Report on the Calcutta epizootic or cattle disease of 1864 in Calcutta and its neighbourhood
Year: 1864
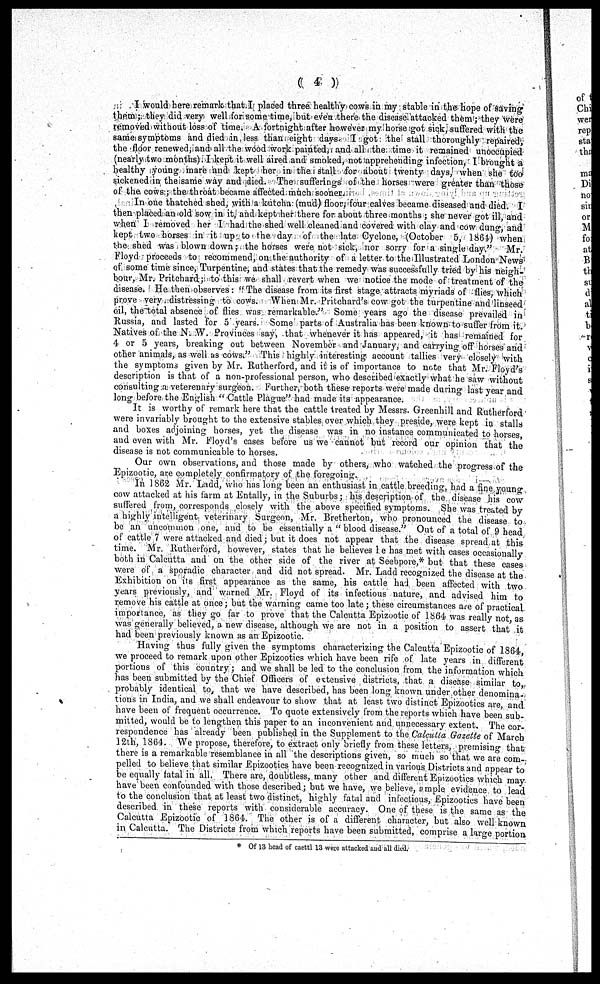
( 4 )
I would here remark that I placed three healthy cows in my stable in the hope of saving
them; they did very well for some time, but even there the disease attacked them; they were
removed without loss of time. A fortnight after however my horse got sick, suffered with the
same symptoms and died in less than eight days. I got the stall thoroughly repaired,
the floor renewed, and all the wood work painted, and all the time it remained unoccupied
(nearly two months). I kept it well aired and smoked, not apprehending infection, I brought a
healthy young mare and kept her in the stall for about twenty days, when she too
sickened in the same way and died. The sufferings of the horses were greater than those
of the, cows ; the throat became affected much sooner.
In one thatched shed, with a kutcha (mud) floor; four calves became diseased and died. I
then placed an old sow in it, and kept her there for about three months; she never got ill, and
when I removed her I had the shed well cleaned and covered with clay and cow dung, and
kept two horses in it up to the day of the late Cyclone, (October 5, 1864) when
the shed was blown down ; the horses were not sick, nor sorry for a single day."
Mr.
Floyd proceeds to recommend, on the authority of a letter to the Illustrated London News
of some time since, Turpentine, and states that the remedy was successfully tried by his neigh-
bour, Mr. Pritchard; to this we shall revert when we notice the mode of treatment of the
disease. He then observes: " The disease from its first stage attracts myriads of flies which
prove very distressing to cows. When Mr. Pritchard's cow got the turpentine and linseed
oil, the total absence of flies was remarkable." Some years ago the disease prevailed in
Russia, and lasted for 5 years. Some parts of Australia has been known to suffer from it.
Natives of the N. W. Provinces say, that whenever it has appeared, it has remained for
4 or 5 years, breaking out between November and January, and carrying off horses and
other animals, as well as cows." This highly interesting account tallies very closely with
the symptoms given by Mr. Rutherford, and it is of importance to note that Mr. Floyd's
description is that of a non-professional person, who described exactly what he saw without
consulting a veterenary surgeon. Further, both these reports were made during last year and
long before the English " Cattle Plague" had made its appearance.
It is worthy of remark here that the cattle treated by Messrs. Greenhill and Rutherford
were invariably brought to the extensive stables over which they preside, were kept in stalls
and boxes adjoining horses, yet the disease was in no instance communicated to horses,
and even with Mr. Floyd's cases before us we cannot but record our opinion that the
disease is not communicable to horses.
Our own observations, and those made by others, who watched the progress of the
Epizootic, are completely confirmatory of the foregoing.
In 1862 Mr. Ladd, who has long been an enthusiast in cattle breeding, had a fine young
cow attacked at his farm at Entally, in the Suburbs ; his description of the disease his cow
suffered from, corresponds closely with the above specified symptoms. She was treated by
a highly intelligent veterinary Surgeon, Mr. Bretherton, who pronounced the disease to
be an uncommon one, and to be essentially a " blood disease." Out of a total of 9 head
of cattle 7 were attacked and died; but it does not appear that the disease spread at this
time. Mr. Rutherford, however, states that he believes he has met with cases occasionally
both in Calcutta and on the other side of the river at Seebpore,* but that these cases
were of a sporadic character and did not spread. Mr. Ladd recognized the disease at the
Exhibition on its first appearance as the same, his cattle had been affected with two
years previously, and warned Mr. Floyd of its infectious nature, and advised him to
remove his cattle at once; but the warning came too late; these circumstances are of practical
importance, as they go far to prove that the Calcutta Epizootic of 1864 was really not as
was generally believed, a new disease, although we are not in a position to assert that it
had been previously known as an Epizootic.
Having thus fully given the symptoms characterizing the Calcutta Epizootic of 1864
we proceed to remark upon other Epizootics which have been rife of late years in different
portions of this country; and we shall be led to the conclusion from the information which
has been submitted by the Chief Officers of extensive districts, that a disease similar to
probably identical to that we have described, has been long known under other denomina-
tions in India, and we shall endeavour to show that at least two distinct Epizootics are, and
have been of frequent occurrence. To quote extensively from the reports which have been sub-
mitted, would be to lengthen this paper to an inconvenient and unnecessary extent. The cor-
respondence has already been published in the Supplement to the Calcutta Gazette of March
12th, 1864. We propose, therefore, to extract only briefly from these letters, premising that
there is a remarkable resemblance in all the descriptions given, so much so that we are com-
pelled to believe that similar Epizootics have been recognized in various Districts and appear to
be equally fatal in all. There are, doubtless, many other and different Epizootics which may
have been confounded with those described ; but we have, we believe, ample evidence to lead
to the conclusion that at least two distinct, highly fatal and infectious, Epizootics have been
described in these reports with considerable accuracy. One of these is the same as the
Calcutta Epizootic of 1864. The other is of a different character, but also well known
in Calcutta. The Districts from which reports have been submitted, comprise a large portion
* Of 13 bead of caettl 13 were attacked and all died.